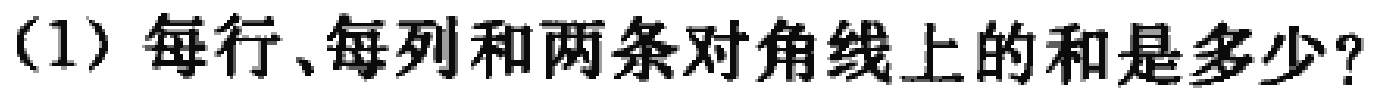
(1) 每行、每列和两条对角线上的和是多少？